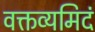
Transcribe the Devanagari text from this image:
वक्तव्यमिदं